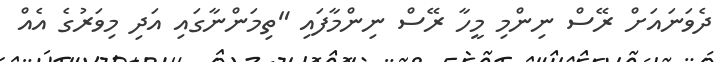
ދެވަނައަށް ރޭސް ނިންމި މީހާ ރޭސް ނިންމާފައި "ތިމަންނާގައި އަދި މިވަރުގެ އެއް